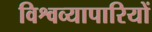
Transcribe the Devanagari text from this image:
विश्वव्यापारियों